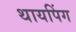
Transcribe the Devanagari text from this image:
थायपिंग